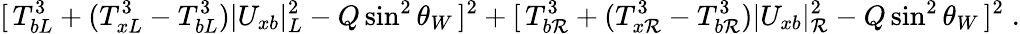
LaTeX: [\, T_{bL}^{3}+(T_{xL}^{3}-T_{bL}^{3})|U_{xb}|_{L}^{2}-Q\sin^{2}\theta_{W}\, ]^{2}+[\, T_{b\mathcal{R}}^{3}+(T_{x\mathcal{R}}^{3}-T_{b\mathcal{R}}^{3})|U_{xb}|_{\mathcal{R}}^{2}-Q\sin^{2}\theta_{W}\, ]^{2}\; .